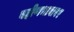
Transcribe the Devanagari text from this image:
बहीणभावावर